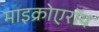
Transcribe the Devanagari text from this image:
माइक्रोएरॉय